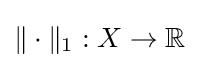
\|\cdot \|_{1}:X\to \mathbb {R}